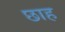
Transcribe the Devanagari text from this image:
छाह